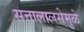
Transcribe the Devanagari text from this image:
सत्तालालसेमुळे